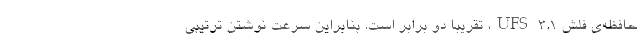
حافظه‌ی فلش UFS 3.1، تقریبا دو برابر است. بنابراین سرعت نوشتن ترتیبی